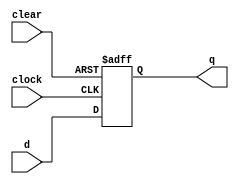
module d_flip_flop (
    input wire clear,
    input wire clock,
    input wire d,
    output reg q
);

always @(posedge clock or negedge clear) begin
    if (!clear) 
        q <= 1'b0;
    else
        q <= d;
end

endmodule